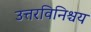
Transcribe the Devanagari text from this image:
उत्तरविनिश्चय